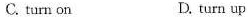
C. turn on D. turn up